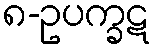
၈-ဥပက္ခဋ